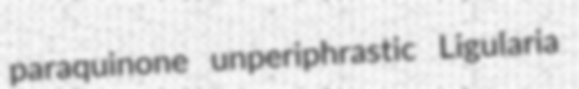
paraquinone unperiphrastic Ligularia